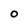
Character: O